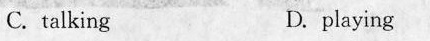
C.talking D playing